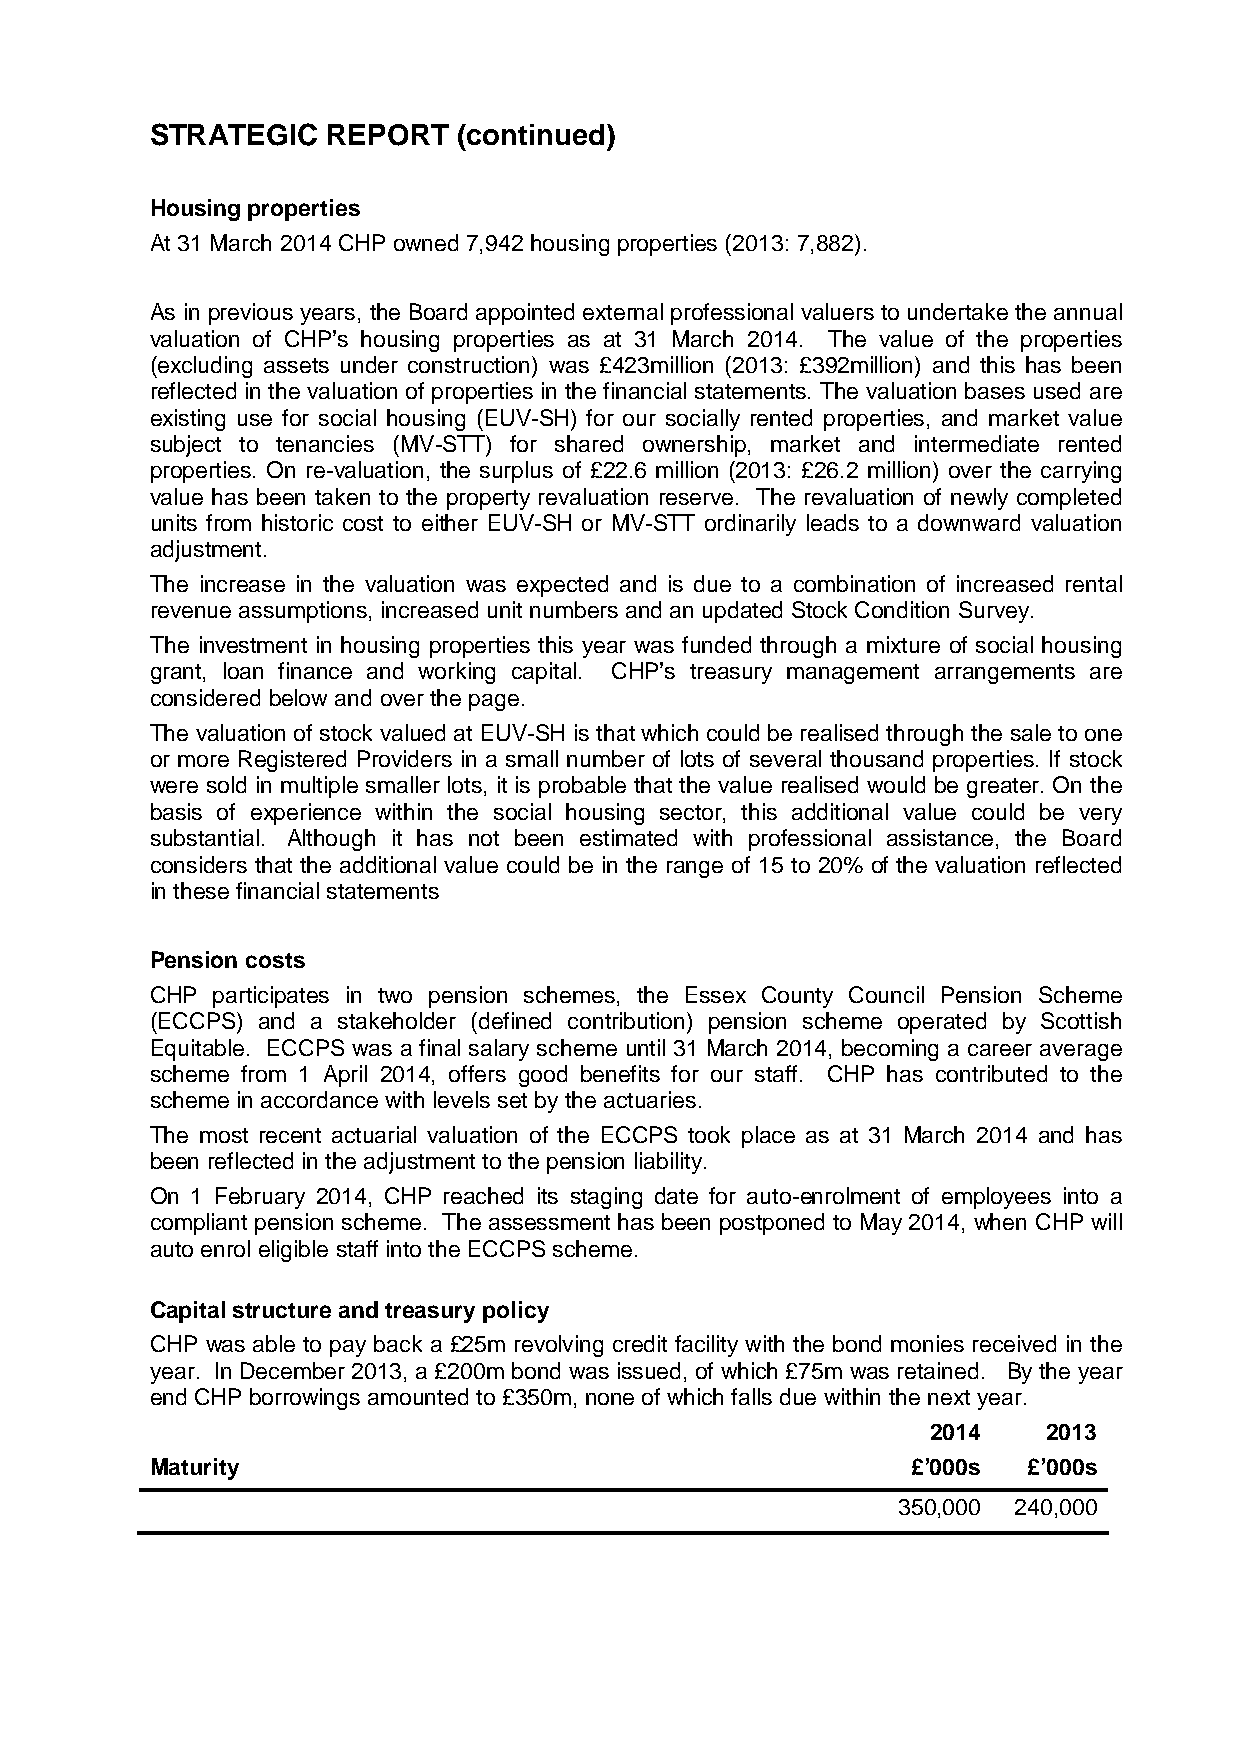
STRATEGIC   REPORT  (continued)
 Housing properties
 At 31 March 2014 CHP owned 7,942 housing properties (2013: 7,882).
 As in previous years, the Board appointed external professional valuers to undertake the annual
 valuation of CHP’s housing properties as at 31 March 2014. The value of the properties
 (excluding assets under construction) was £423million (2013: £392million) and this has been
 reflected in the valuation of properties in the financial statements. The valuation bases used are
 existing use for social housing (EUV-SH) for our socially rented properties, and market value
 subject to tenancies (MV-STT) for shared ownership, market and intermediate rented
 properties. On re-valuation, the surplus of £22.6 million (2013: £26.2 million) over the carrying
 value has been taken to the property revaluation reserve. The revaluation of newly completed
 units from historic cost to either EUV-SH or MV-STT ordinarily leads to a downward valuation
 adjustment.
 The increase in the valuation was expected and is due to a combination of increased rental
 revenue assumptions, increased unit numbers and an updated Stock Condition Survey.
 The investment in housing properties this year was funded through a mixture of social housing
 grant, loan finance and working capital. CHP’s treasury management arrangements are
 considered below and over the page.
 The valuation of stock valued at EUV-SH is that which could be realised through the sale to one
 or more Registered Providers in a small number of lots of several thousand properties. If stock
 were sold in multiple smaller lots, it is probable that the value realised would be greater. On the
 basis of experience within the social housing sector, this additional value could be very
 substantial. Although it has not been estimated with professional assistance, the Board
 considers that the additional value could be in the range of 15 to 20% of the valuation reflected
 in these financial statements
 Pension costs
 CHP participates in two pension schemes, the Essex County Council Pension Scheme
 (ECCPS) and a stakeholder (defined contribution) pension scheme operated by Scottish
 Equitable. ECCPS was a final salary scheme until 31 March 2014, becoming a career average
 scheme from 1 April 2014, offers good benefits for our staff. CHP has contributed to the
 scheme in accordance with levels set by the actuaries.
 The most recent actuarial valuation of the ECCPS took place as at 31 March 2014 and has
 been reflected in the adjustment to the pension liability.
 On 1 February 2014, CHP reached its staging date for auto-enrolment of employees into a
 compliant pension scheme. The assessment has been postponed to May 2014, when CHP will
 auto enrol eligible staff into the ECCPS scheme.
 Capital structure and treasury policy
 CHP was able to pay back a £25m revolving credit facility with the bond monies received in the
 year. In December 2013, a £200m bond was issued, of which £75m was retained. By the year
 end CHP borrowings amounted to £350m, none of which falls due within the next year.
 2014   2013
 Maturity                                          £’000s  £’000s
 350,000 240,000